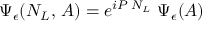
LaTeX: \Psi _ { \epsilon } ( N _ { L } , \, A ) = e ^ { { i } P \; N _ { L } } \; \Psi _ { \epsilon } ( A )